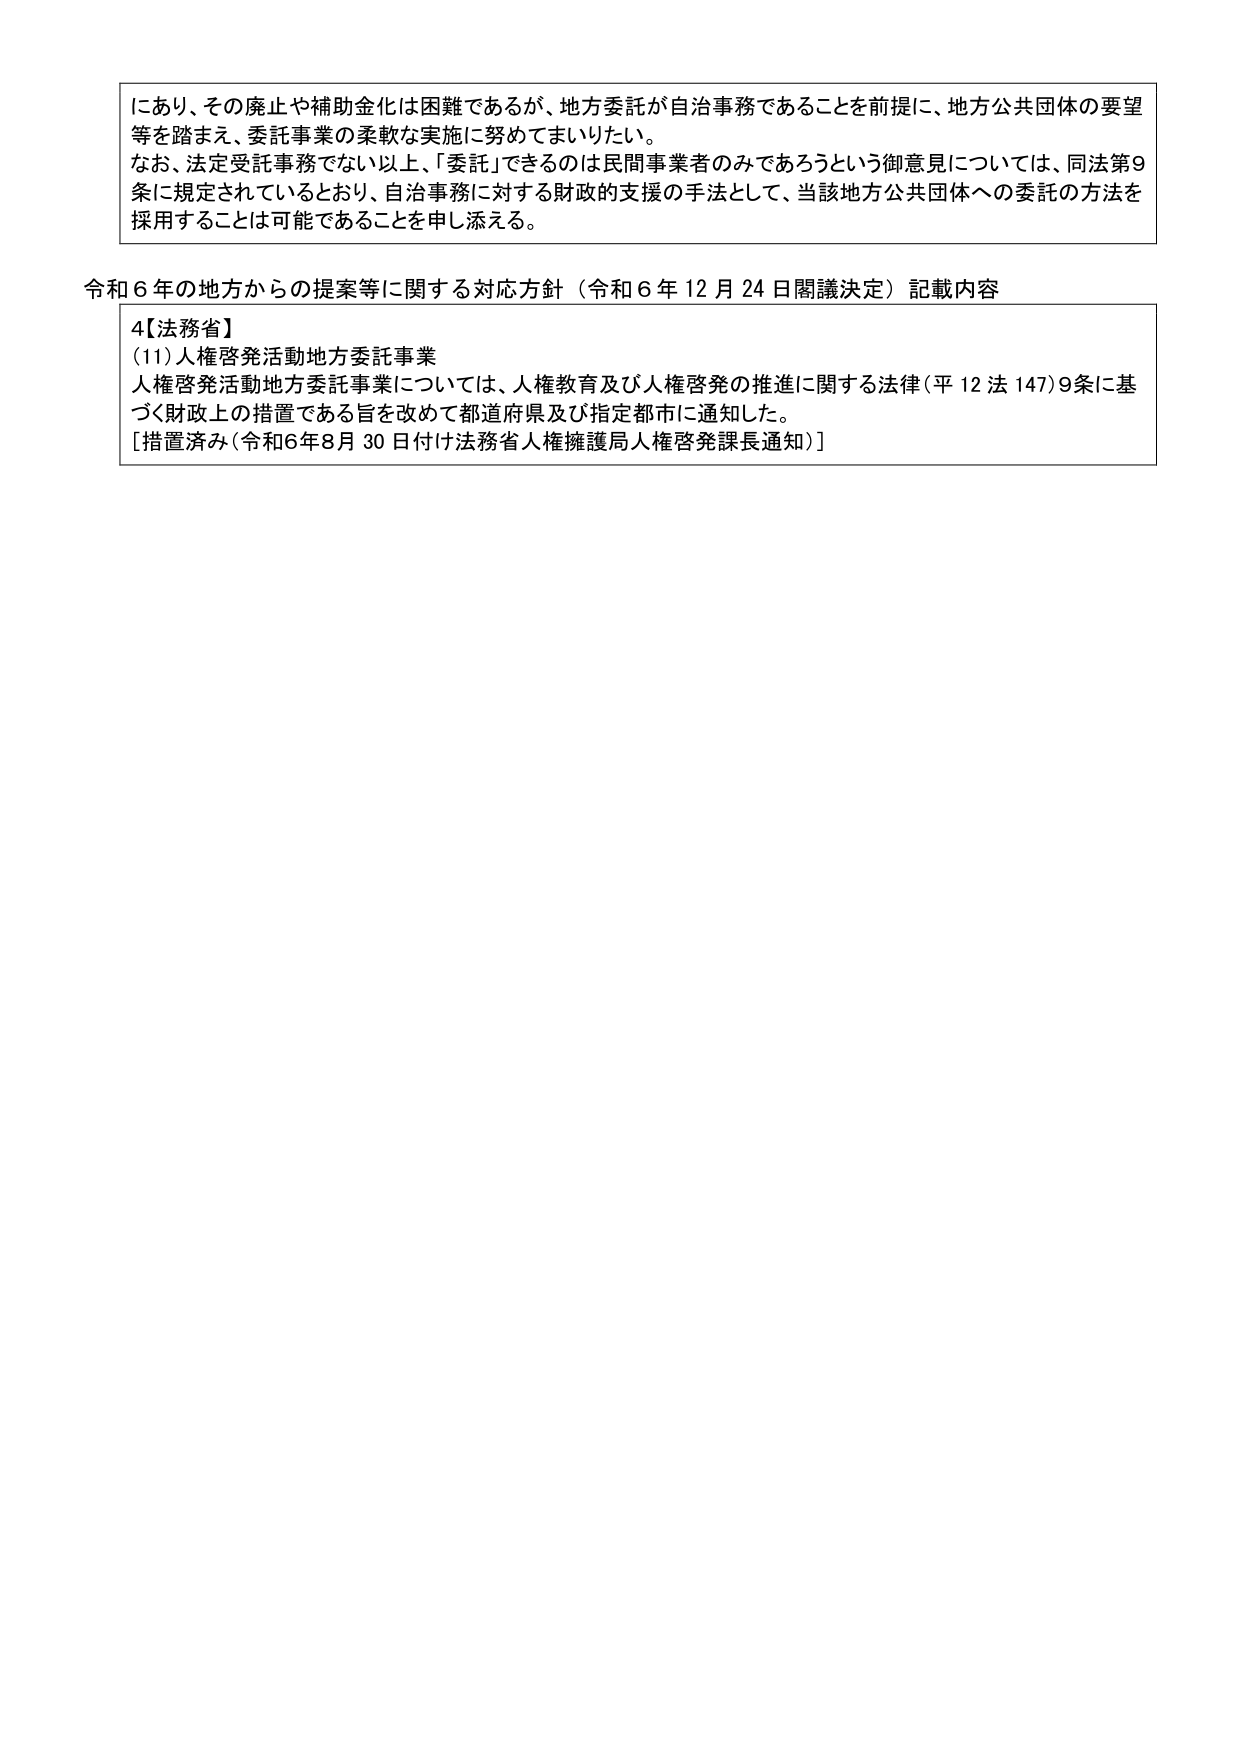
にあり、その廃止や補助金化は困難であるが、地方委託が自治事務であることを前提に、地方公共団体の要望等を踏まえ、委託事業の柔軟な実施に努めてまいりたい。

なお、法定受託事務でない以上、「委託」できるのは民間事業者のみであろうという御意見については、同法第9条に規定されているとおり、自治事務に対する財政的支援の手法として、当該地方公共団体への委託の方法を採用することは可能であることを申し添える。

令和６年の地方からの提案等に関する対応方針（令和６年12月24日閣議決定）記載内容

4【法務省】
(11)人権啓発活動地方委託事業
人権啓発活動地方委託事業については、人権教育及び人権啓発の推進に関する法律（平12法147）9条に基づく財政上の措置である旨を改めて都道府県及び指定都市に通知した。
[措置済み（令和6年8月30日付け法務省人権擁護局人権啓発課長通知）]